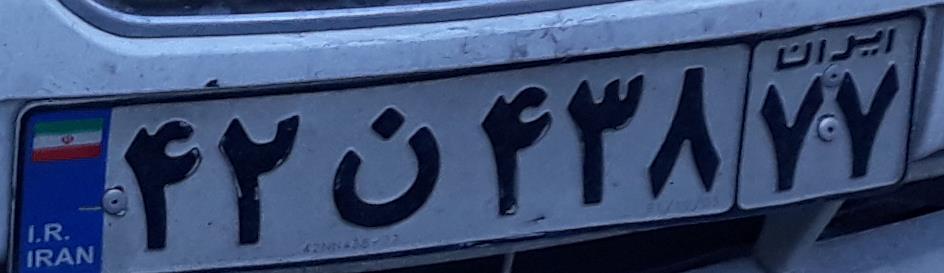
۴۲ن۴۳۸۷۷